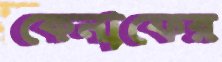
কেনাফের